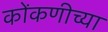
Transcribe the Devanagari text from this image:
कोंकणीच्या